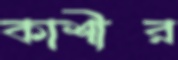
কাশীর